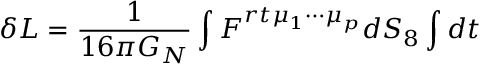
\delta L = { \frac { 1 } { 1 6 \pi G _ { N } } } \int F ^ { r t \mu _ { 1 } \cdots \mu _ { p } } d S _ { 8 } \int d t